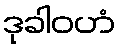
ဒုခါဝဟံ